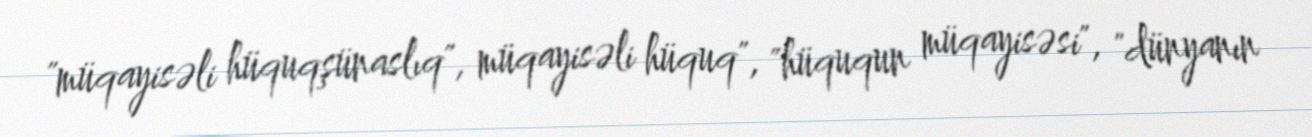
"müqayisəli hüquqşünaslıq", müqayisəli hüquq", "hüququn müqayisəsi", "dünyanın